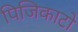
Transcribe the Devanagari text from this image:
पिजिकाटो